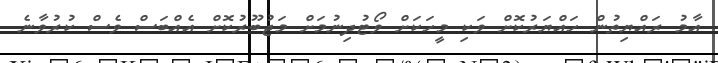
އާމު ރައްޔިތުން ހައްޔަރުކޮށް ވަކި މީހަކަށް ވޯޓުދިނުމަށް މަޖުބޫރުކޮށް އެއްބަސް ވެސް ކުރުވާނެ